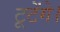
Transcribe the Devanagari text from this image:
टूटेंगे।